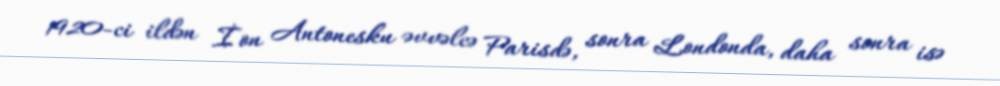
1920-ci ildən İon Antonesku əvvəlcə Parisdə, sonra Londonda, daha sonra isə